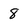
Character: 8